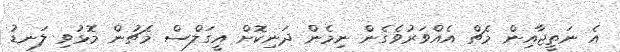
އެ ނަތީޖާއިން މެޗް އެއްވަރުވެގެން ނިމެން ދަނިކޮށް އީގަލްސް މެޗުން މޮޅުވި ލަނޑު